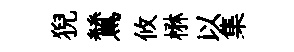
猊鷥攸楙以集